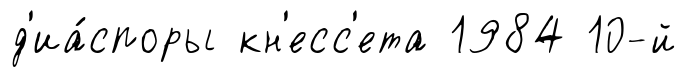
д'иа́споры кн'есс'ета 1984 10-й